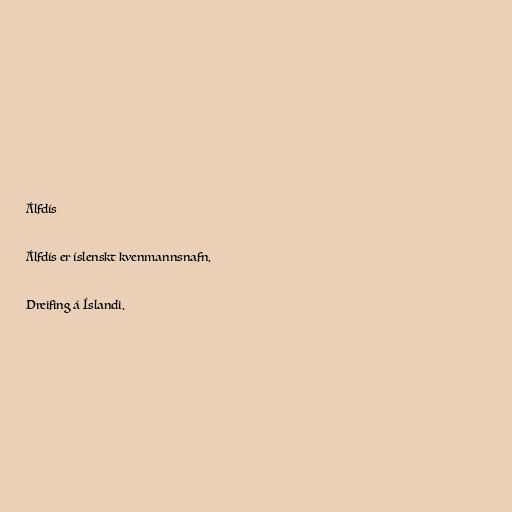
Álfdís

Álfdís er íslenskt kvenmannsnafn.

Dreifing á Íslandi.